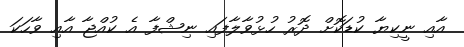
އާއި ނީކިޔާ ކުޑަކޮށް ދޮރު ހުޅުވާލާފައި ނިޝްފާ އެ ކުއްޖާ އާއި ވާހަކަ